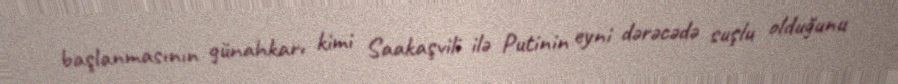
başlanmasının günahkarı kimi Saakaşvili ilə Putinin eyni dərəcədə suşlu olduğunu